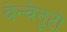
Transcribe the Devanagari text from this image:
बेन्वेनुटो